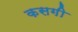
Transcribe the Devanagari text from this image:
कसगी